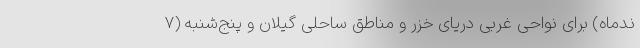
ندماه) برای نواحی غربی دریای خزر و مناطق ساحلی گیلان و پنج‌شنبه (۷